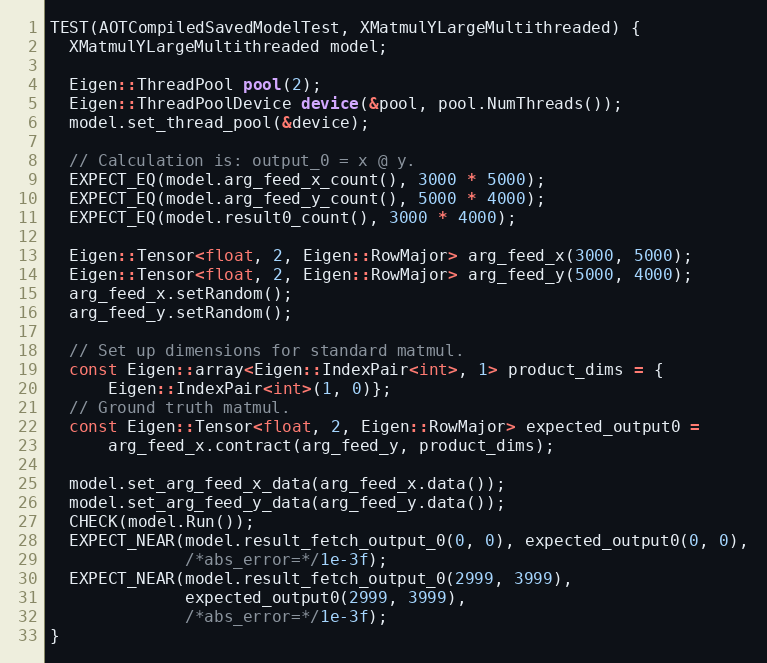
Language: C++
TEST(AOTCompiledSavedModelTest, XMatmulYLargeMultithreaded) {
  XMatmulYLargeMultithreaded model;

  Eigen::ThreadPool pool(2);
  Eigen::ThreadPoolDevice device(&pool, pool.NumThreads());
  model.set_thread_pool(&device);

  // Calculation is: output_0 = x @ y.
  EXPECT_EQ(model.arg_feed_x_count(), 3000 * 5000);
  EXPECT_EQ(model.arg_feed_y_count(), 5000 * 4000);
  EXPECT_EQ(model.result0_count(), 3000 * 4000);

  Eigen::Tensor<float, 2, Eigen::RowMajor> arg_feed_x(3000, 5000);
  Eigen::Tensor<float, 2, Eigen::RowMajor> arg_feed_y(5000, 4000);
  arg_feed_x.setRandom();
  arg_feed_y.setRandom();

  // Set up dimensions for standard matmul.
  const Eigen::array<Eigen::IndexPair<int>, 1> product_dims = {
      Eigen::IndexPair<int>(1, 0)};
  // Ground truth matmul.
  const Eigen::Tensor<float, 2, Eigen::RowMajor> expected_output0 =
      arg_feed_x.contract(arg_feed_y, product_dims);

  model.set_arg_feed_x_data(arg_feed_x.data());
  model.set_arg_feed_y_data(arg_feed_y.data());
  CHECK(model.Run());
  EXPECT_NEAR(model.result_fetch_output_0(0, 0), expected_output0(0, 0),
              /*abs_error=*/1e-3f);
  EXPECT_NEAR(model.result_fetch_output_0(2999, 3999),
              expected_output0(2999, 3999),
              /*abs_error=*/1e-3f);
}